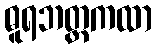
ဓူရဘတ္တကထာ